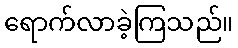
ရောက်လာခဲ့ကြသည်။